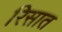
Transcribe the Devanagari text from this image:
रिसात